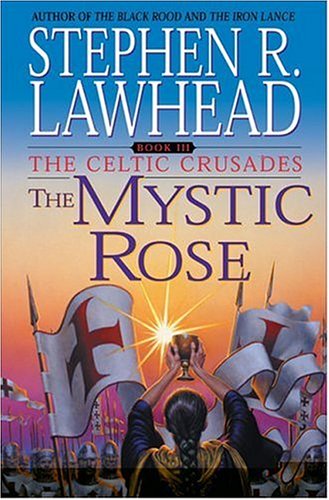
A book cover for The Mystic Rose (The Celtic Crusades #3); Stephen R. Lawhead; Religion & Spirituality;